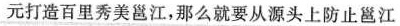
元打造百里秀美邕江，那么就要从源头上防止邕江